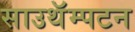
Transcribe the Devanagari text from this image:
साउथॅम्पटन